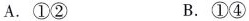
A. ①② B. ①④